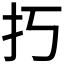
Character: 𢩨